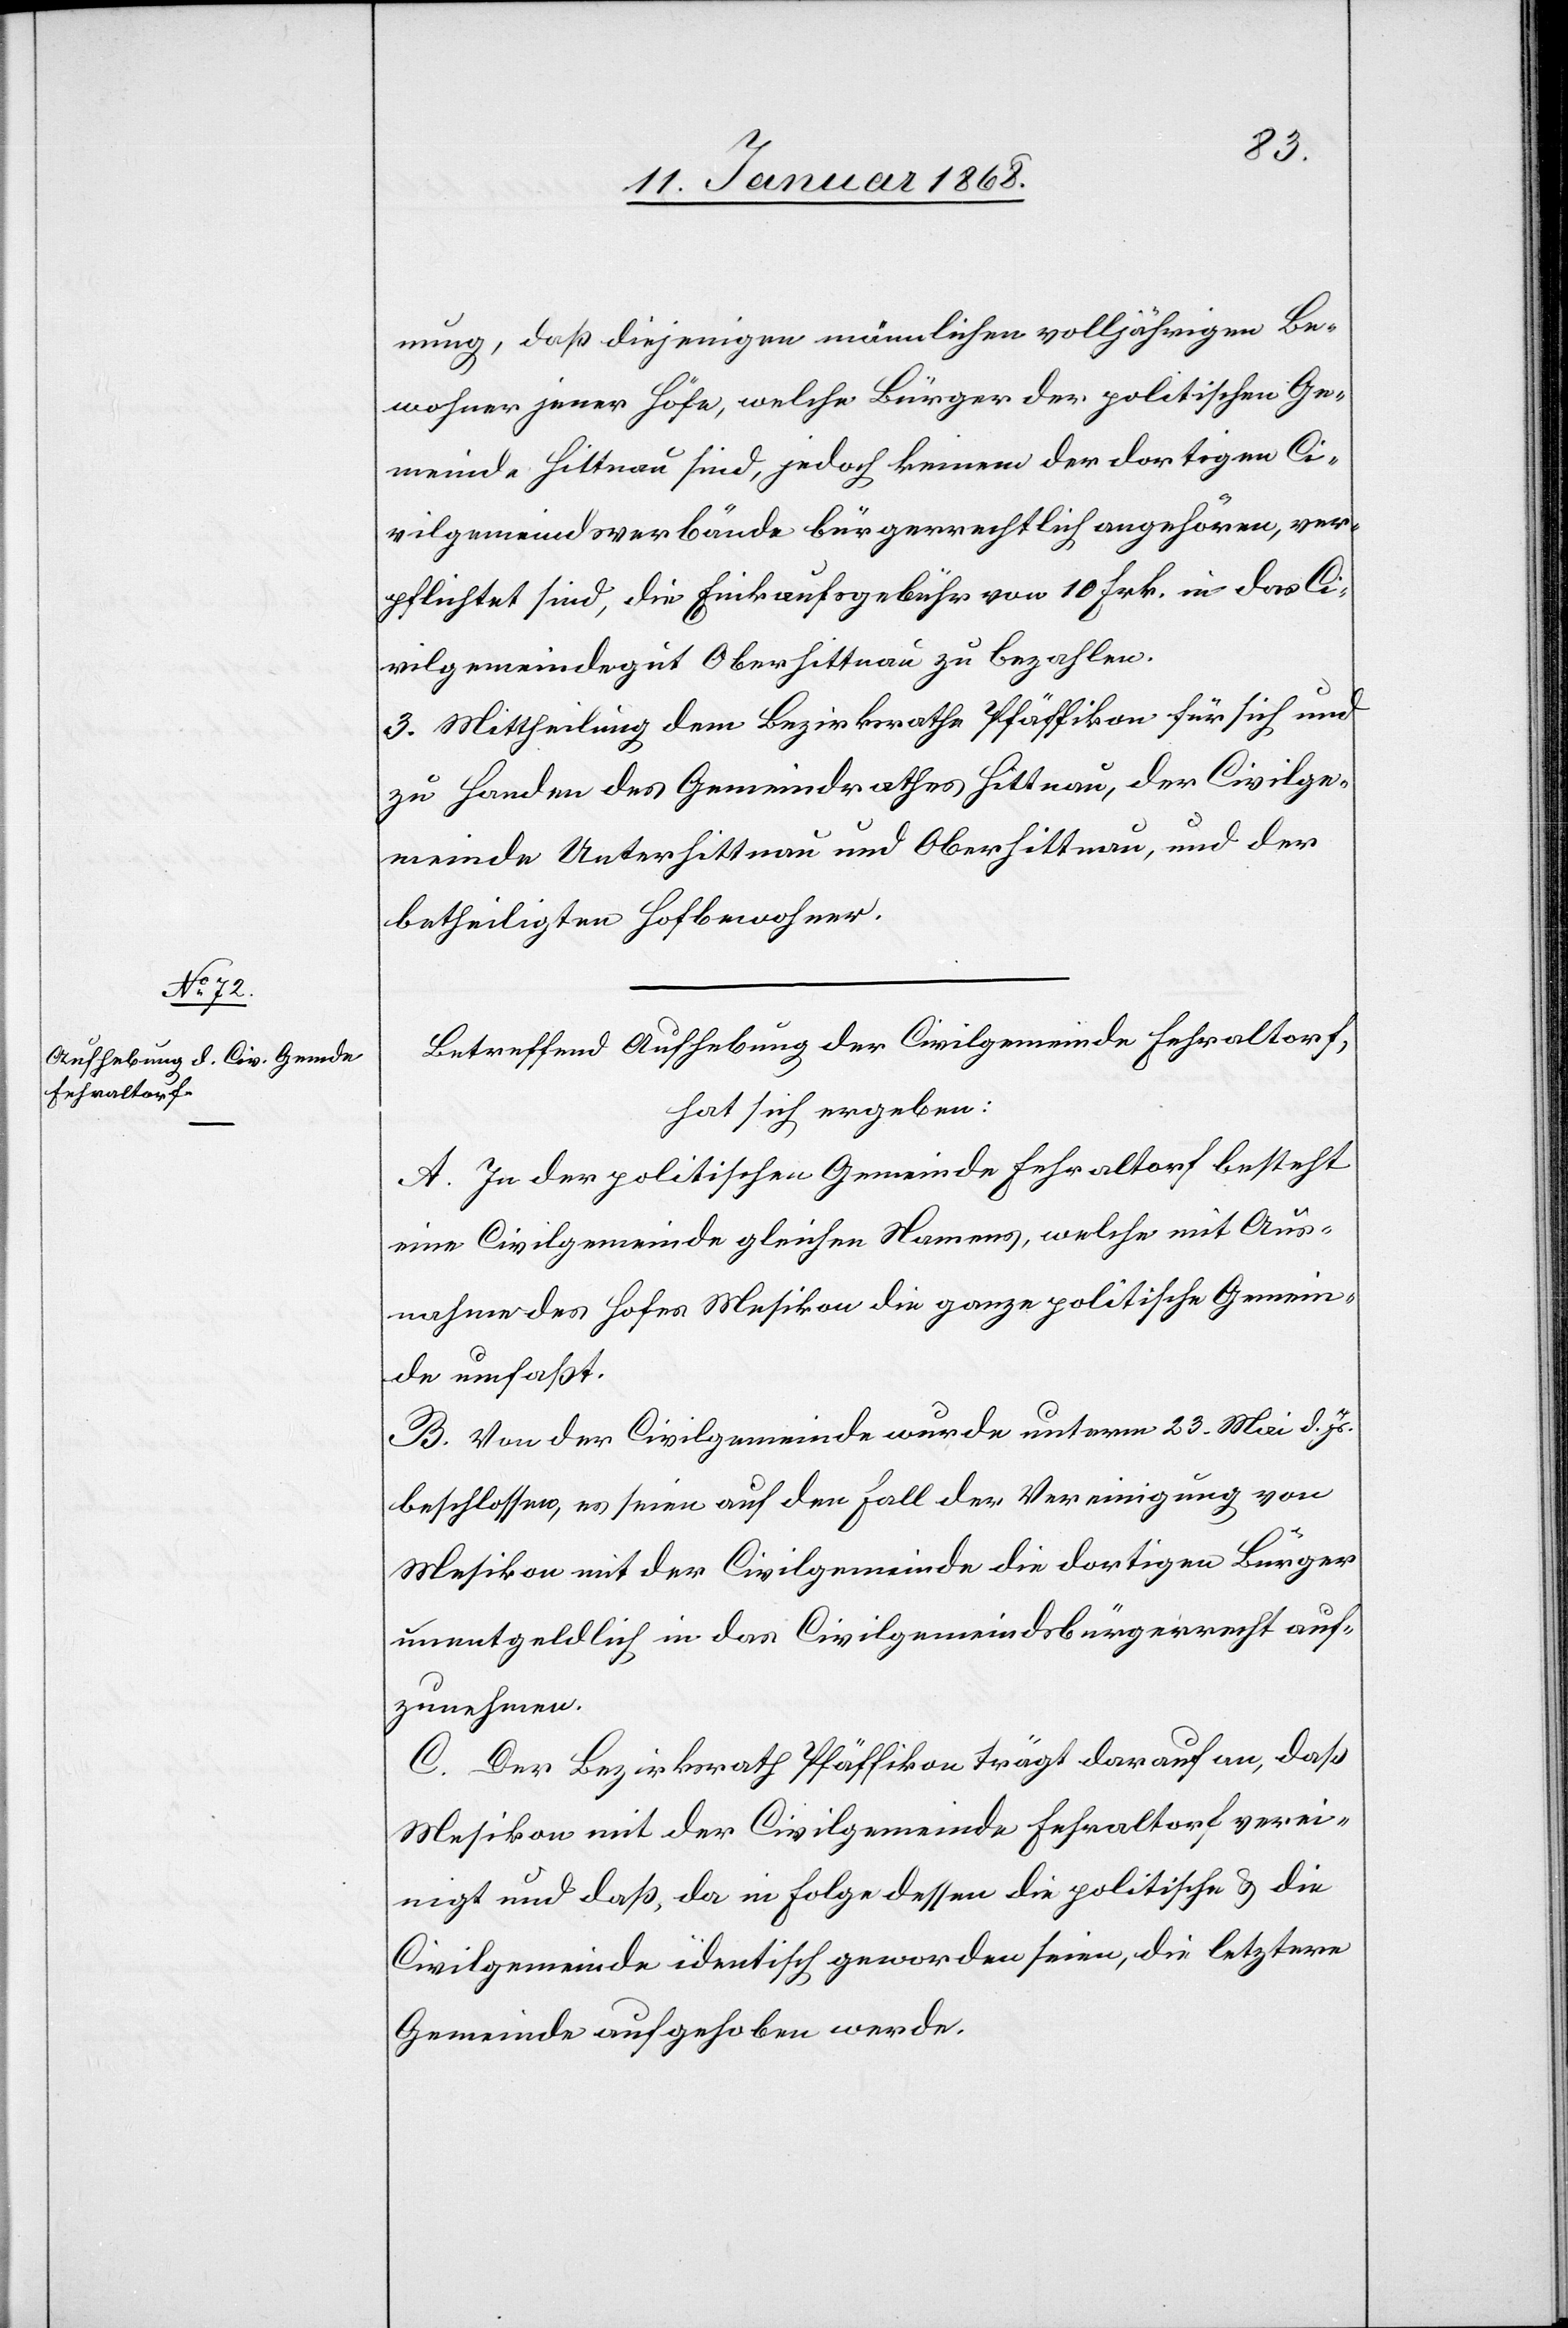
nung, daß diejenigen männlichen volljährigen Be¬
wohner jener Höfe, welche Bürger der politischen Ge¬
meinde Hittnau sind, jedoch keinem der dortigen Ci¬
vilgemeindsverbände bürgerrechtlich angehören, ver¬
pflichtet sind, die Einkaufsgebühr von 10 Frk. in das Ci¬
vilgemeindegut Oberhittnau zu bezahlen.
Mittheilung dem Bezirksrathe Pfäffikon für sich und
zu Handen des Gemeindrathes Hittnau, der Civilge¬
meinde Unterhittnau und Oberhittnau, und der
betheiligten Hofbewohner.
Betreffend Aufhebung der Civilgemeinde Fehraltorf,
hat sich ergeben:
A. In der politischen Gemeinde Fehraltorf besteht
eine Civilgemeinde gleichen Namens, welche mit Aus¬
nahme des Hofes Mesikon die ganze politische Gemein¬
de umfaßt.
B. Von der Civilgemeinde wurde unterm 23. Mai d.
beschlossen, es seien auf den Fall der Vereinigung von
Mesikon mit der Civilgemeinde die dortigen Bürger
unentgeldlich in das Civilgemeindsbürgerrecht auf¬
zunehmen.
C. Der Bezirksrath Pfäffikon trägt darauf an, daß
Mesikon mit der Civilgemeinde Fehraltorf verei¬
nigt und daß, da in Folge dessen die politische & die
Civilgemeinde identisch geworden seien, die letztere
Gemeinde aufgehoben werde.